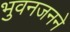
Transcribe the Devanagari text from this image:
भुवनजनने